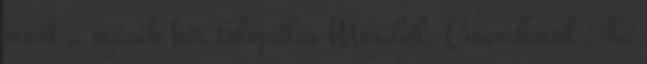
mert a másik két település Meribél, Courchevel , ha